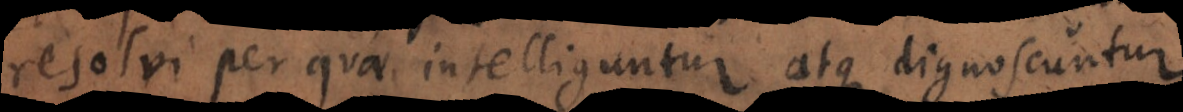
resolvi per quae intelliguntur atque dignoscuntur.